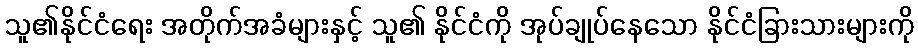
သူ၏နိုင်ငံရေး အတိုက်အခံများနှင့် သူ၏ နိုင်ငံကို အုပ်ချုပ်နေသော နိုင်ငံခြားသားများကို